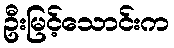
ဦးမြင့်သောင်းက